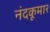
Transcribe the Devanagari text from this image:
नंदकूमार